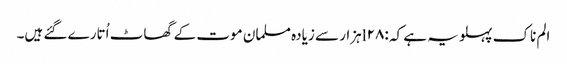
الم ناک پہلو یہ ہے کہ :l۲۸ہزار سے زیادہ مسلمان موت کے گھاٹ اُتارے گئے ہیں۔